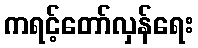
ကရင့်တော်လှန်ရေး